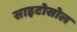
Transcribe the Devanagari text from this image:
साइटोसोल